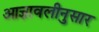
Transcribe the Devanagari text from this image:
आज्ञावलीनुसार